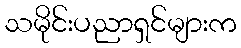
သမိုင်းပညာရှင်များက